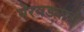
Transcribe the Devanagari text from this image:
येरवड्याचे